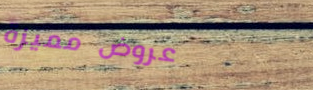
عروض مميزة